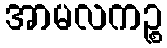
အာမလကဉ္စ